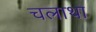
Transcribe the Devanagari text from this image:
चलाथा